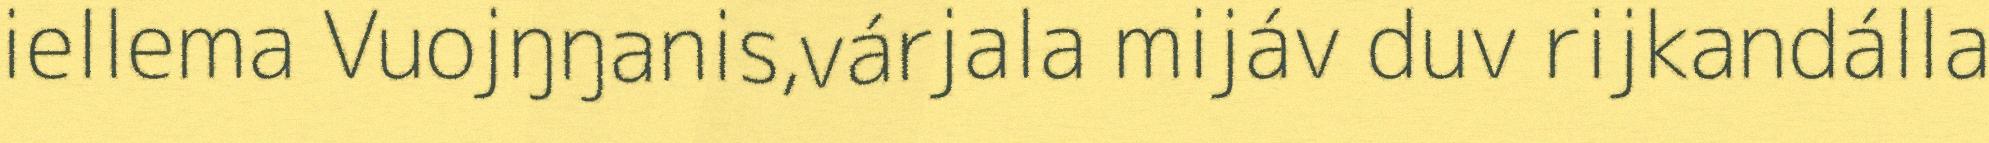
iellema Vuojŋŋanis,várjala mijáv duv rijkandálla